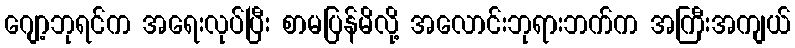
ဂျော့ဘုရင်က အရေးလုပ်ပြီး စာမပြန်မိလို့ အလောင်းဘုရားဘက်က အကြီးအကျယ်